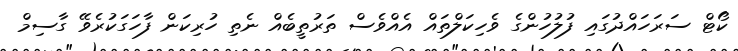
ކޯޓް ސަރަހައްދުގައި ފުލުހުންގެ ވެހިކަލްތައް އެއްވެސް ތަރުތީބެއް ނެތި ހުރިކަން ފާހަގަކުރެވޭ ގާސިމް